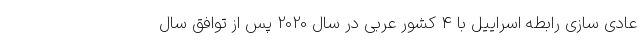
عادی سازی رابطه اسراییل با 4 کشور عربی در سال 2020 پس از توافق سال